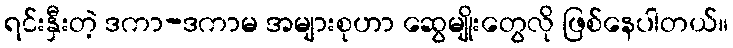
ရင်းနှီးတဲ့ ဒကာ-ဒကာမ အများစုဟာ ဆွေမျိုးတွေလို ဖြစ်နေပါတယ်။